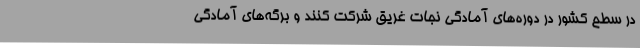
در سطح کشور در دوره‌های آمادگی نجات غریق شرکت کنند و برگه‌های آمادگی